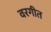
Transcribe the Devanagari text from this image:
वरगीत